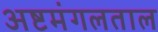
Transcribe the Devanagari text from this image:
अष्टमंगलताल